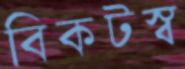
বিকটস্ব